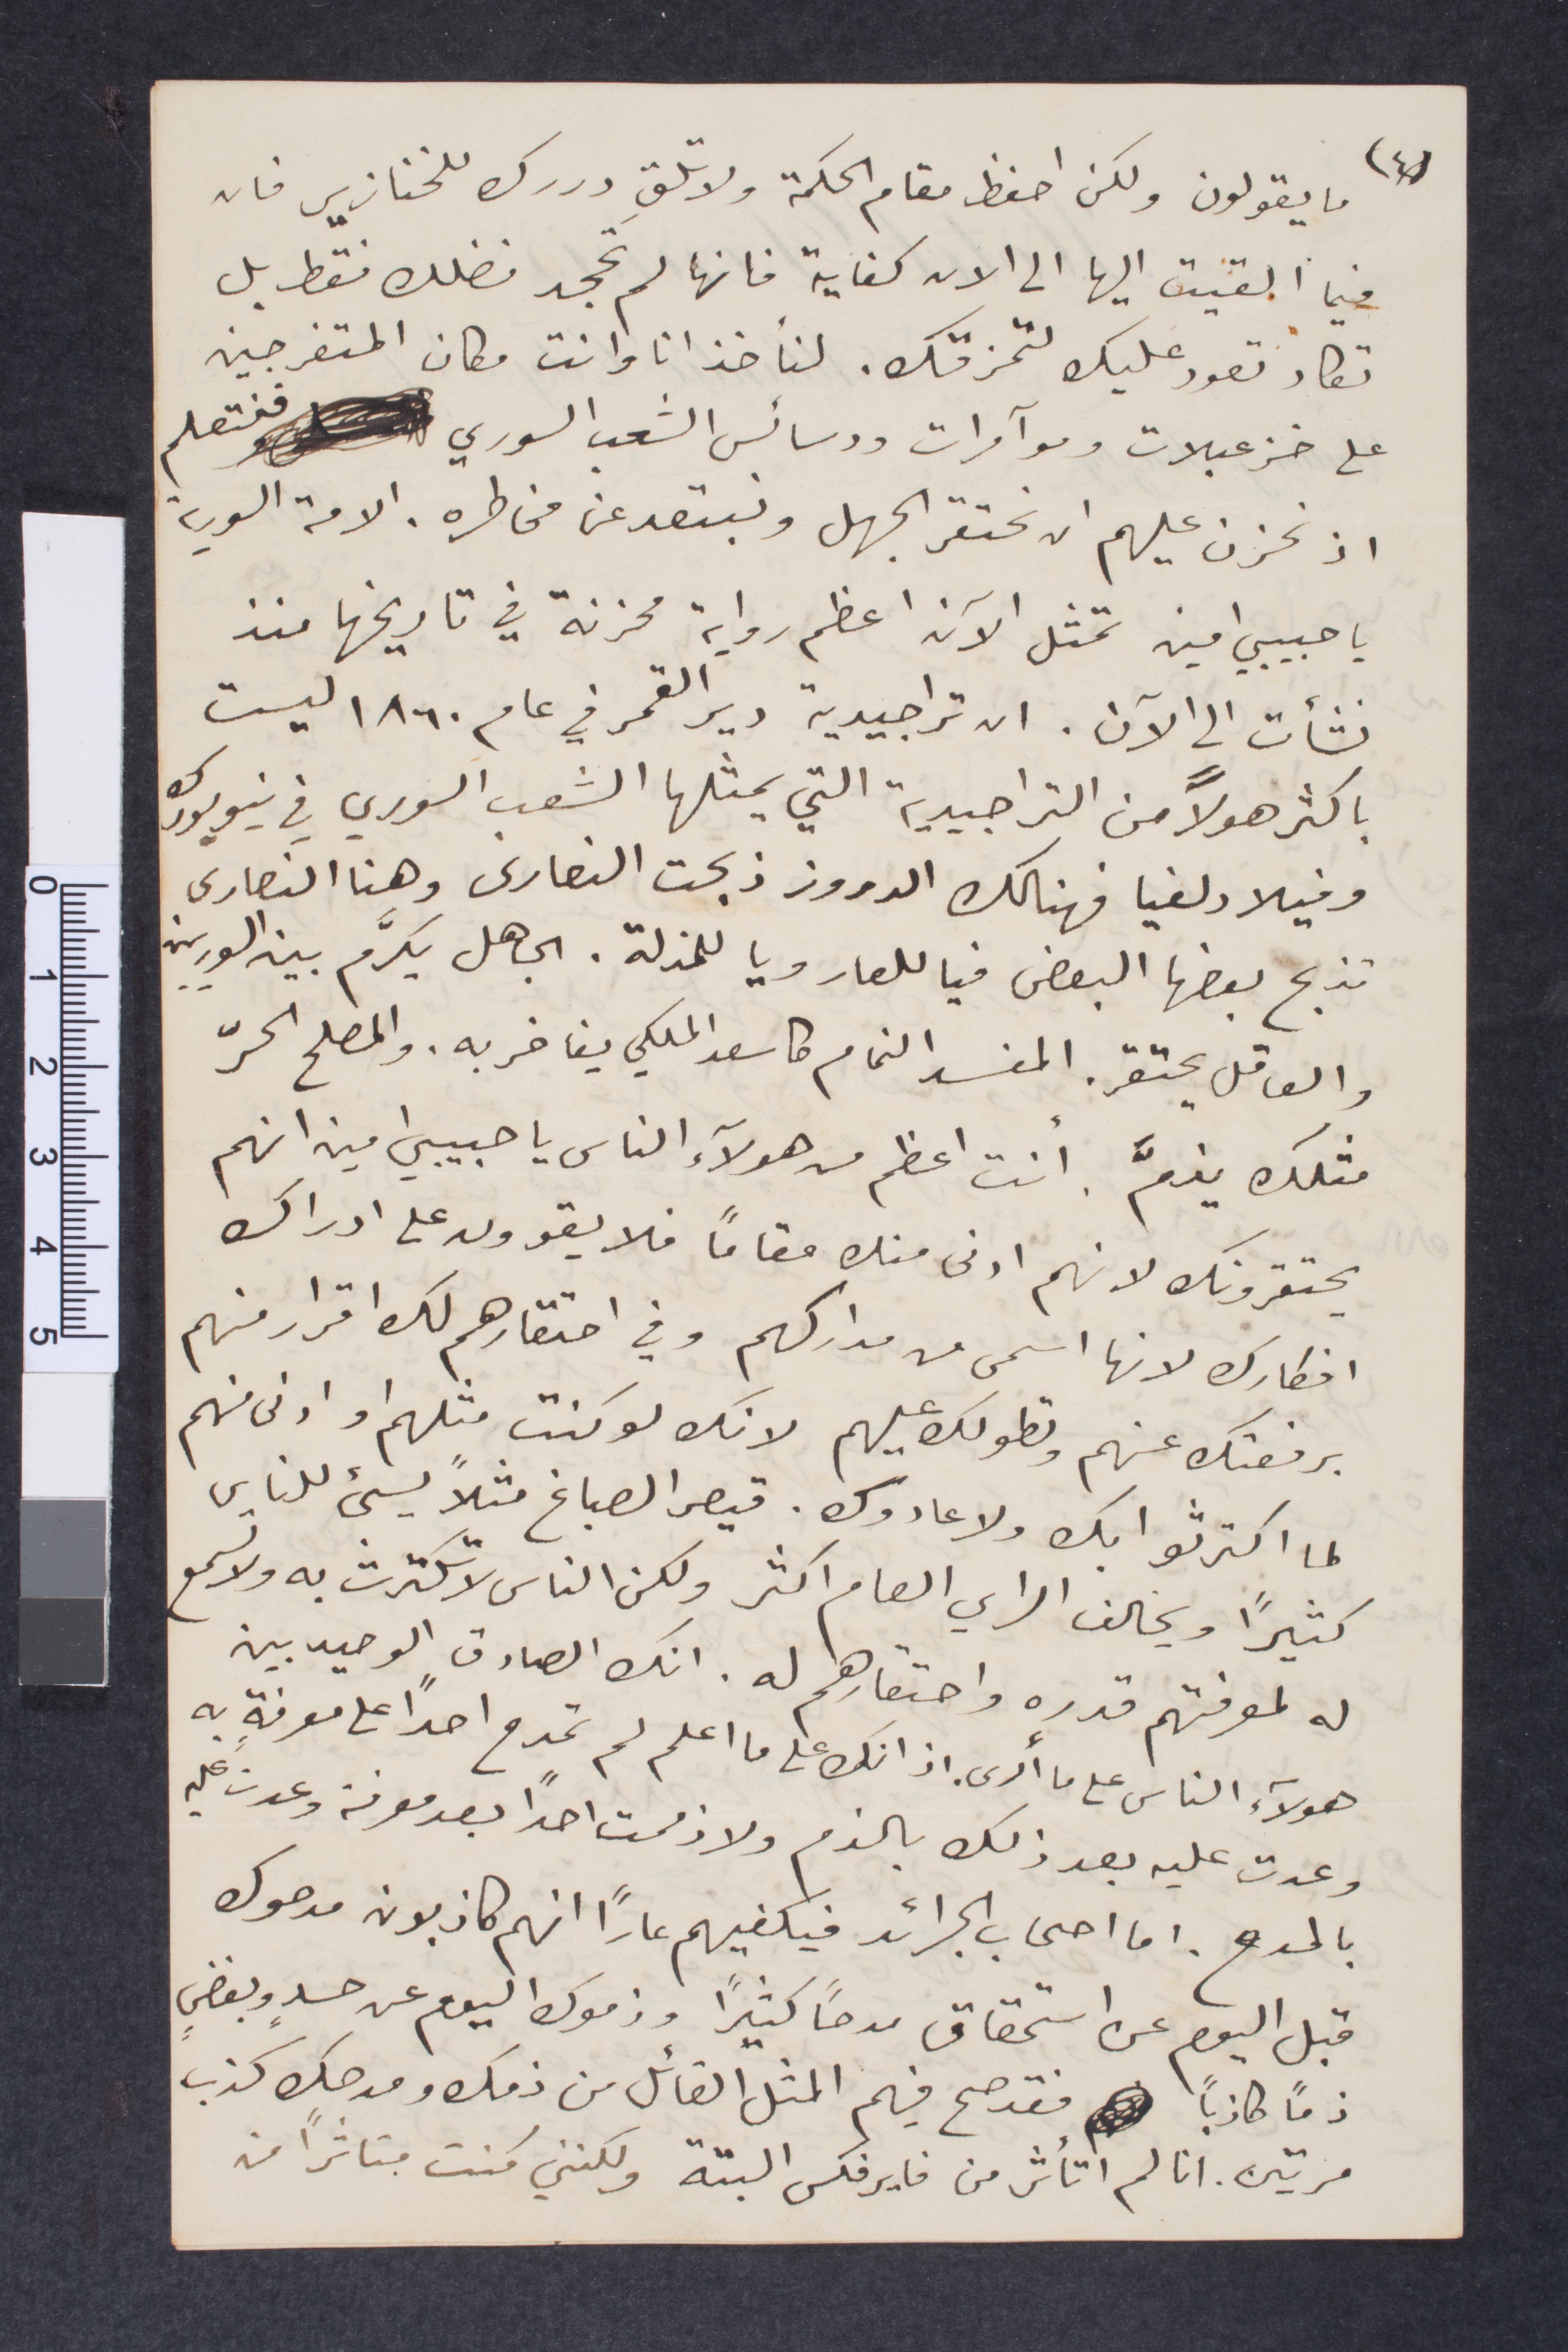
ما يقولون ولكن احفظ مقام الكلمة ولا تلقٍ دررك للخنازير فان
فيما القيت اليها الى الآن كفاية فانها لم تجحد فضلك فقط بل
تكاد تعود عليك لتمزقك. لناخذ انا وانت مكان المتفرجين
على خزعبلات ومؤامرات ودسائس الشعب السوري فلتعلم
اذ نحزن عليهم ان نحتقر الجهل ونبتعد عن مخاطره. الامة السورية
يا حبيبي امين تمثل الآن اعظم رواية محزنة في تاريخها منذ
نشأت الى الآن. ان تراجيدية دير القمر في عام ١٨٦٠ ليست
بأكثر هولًا من التراجيدية التي يمثلها الشعب السوري في نيويورك
وفيلادلفيا فهناك الدروز ذبحت النصارى وهنا النصارى
تذبح بعضها البعض فيا للعار ويا للمذلة. الجاهل يكرّم بين السوريين
والعاقل يحتقر. المفسد النمام ... الملكي يفاخر به. والمصلح الحرّ
مثلك يذمّ. انت اعظم من هؤلاء الناس يا حبيبي امين انهم
يحتقرونك لأنهم ادنى منهم مقامًا فلا يقوون على ادراك
افكارك لانها اسمى من مداركهم وفي احتقارهم لك إقرار منهم
برفعتك عنهم وبطولك عليهم لانك لو كنت مثلهم او ادنى منهم
لما اكترثوا بك ولا عادوك. قيصر الصباغ بسيء للناس
كثيرًأ ويخالف الرأي العام اكثر ولكن الناس لا تكترث به ولاسمع
له لمعرفتهم قدره واحتقارهم له. امك الصداق الوحيد بين
هؤلاء الناس على ما أرى وانك على ما اعلم لم تمدح أحدًا على معرفة به
وعدت عليه بعد ذلك بالذم ولا ذممت أحدًا بعد معرفة وعدت عليه
بالمدح. اما أصحاب الجرائد فيكفيهم عارًا انهم كاذبون مدحوك
قبل اليوم عن استحقاق مدحًا كثيرًا وذموك اليوم عن حسد وبغض
ذمًا كاذبًأ فقد صح فيهم المثل القائل من ذم ومدحك كذب
مرتين. انا لم اتأثر من فايرفكس البتة ولكنني كنت متأثرًأ من